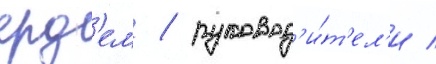
ерд'ем / руковод'и́т'ел'и /